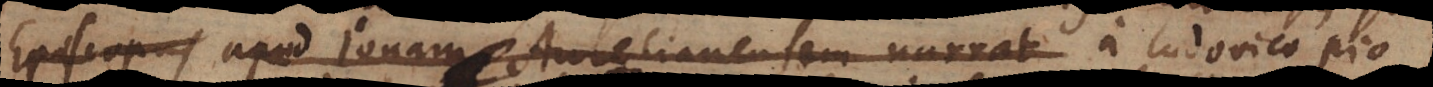
Episcopus apud Jonam Aurelianensem narrat multo ante in